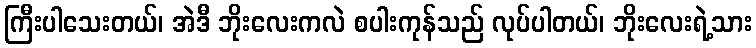
ကြီးပါသေးတယ်၊ အဲဒီ ဘိုးလေးကလဲ စပါးကုန်သည် လုပ်ပါတယ်၊ ဘိုးလေးရဲ့သား